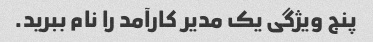
پنج ویژگی یک مدیر کارآمد را نام ببرید.